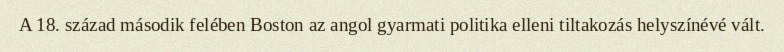
A 18. század második felében Boston az angol gyarmati politika elleni tiltakozás helyszínévé vált.